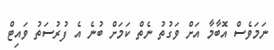
ނަމަވެސް އޮބާމާ އަށް ވަގުތު ނެތް ކަމަށް ބުނެ އެ ފުރުސަތު ވައިޓް